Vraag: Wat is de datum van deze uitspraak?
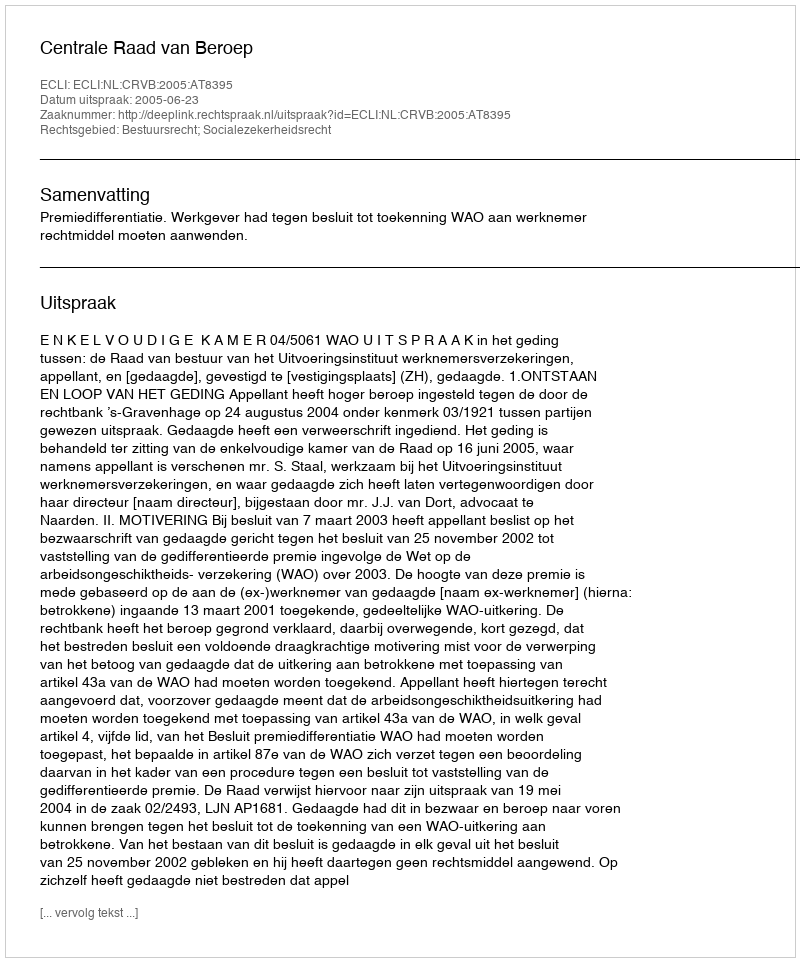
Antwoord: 2005-06-23